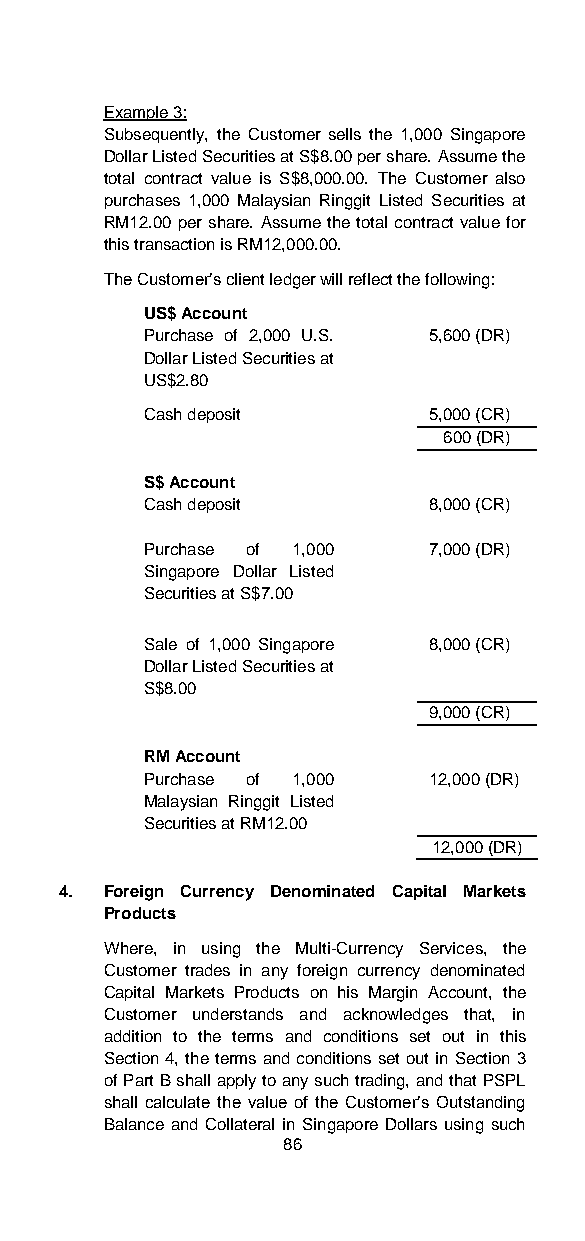
Example 3:
 Subsequently, the Customer sells the 1,000 Singapore
 Dollar Listed Securities at S$8.00 per share. Assume the
 total contract value is S$8,000.00. The Customer also
 purchases 1,000 Malaysian Ringgit Listed Securities at
 RM12.00 per share. Assume the total contract value for
 this transaction is RM12,000.00.
 The Customer’s client ledger will reflect the following:
 US$ Account
 Purchase of 2,000 U.S. 5,600 (DR)
 Dollar Listed Securities at
 US$2.80
 Cash deposit      5,000 (CR)
 600 (DR)
 S$ Account
 Cash deposit      8,000 (CR)
 Purchase of 1,000 7,000 (DR)
 Singapore Dollar Listed
 Securities at S$7.00
 Sale of 1,000 Singapore 8,000 (CR)
 Dollar Listed Securities at
 S$8.00
 9,000 (CR)
 RM Account
 Purchase of 1,000 12,000 (DR)
 Malaysian Ringgit Listed
 Securities at RM12.00
 12,000 (DR)
 4. Foreign Currency Denominated Capital Markets
 Products
 Where, in using the Multi-Currency Services, the
 Customer trades in any foreign currency denominated
 Capital Markets Products on his Margin Account, the
 Customer understands and acknowledges that, in
 addition to the terms and conditions set out in this
 Section 4, the terms and conditions set out in Section 3
 of Part B shall apply to any such trading, and that PSPL
 shall calculate the value of the Customer’s Outstanding
 Balance and Collateral in Singapore Dollars using such
 86